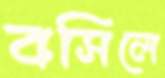
বসিলে